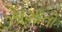
ઝાગાતો